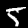
Label: 5